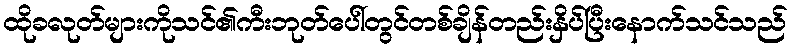
ထိုခလုတ်များကိုသင်၏ကီးဘုတ်ပေါ်တွင်တစ်ချိန်တည်းနှိပ်ပြီးနောက်သင်သည်